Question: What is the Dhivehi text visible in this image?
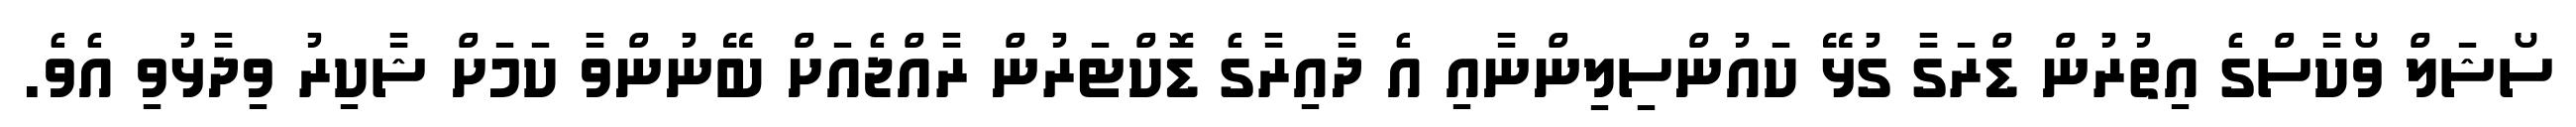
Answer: ސޯޝަލް ވޯކާސްގެ އިތުރުން ޑްރަގާ ގުޅޭ ކައުންސިލިންނާއި އެ ދާއިރާގެ ޑޮކްޓަރުން ރާއްޖެއަށް ބޭނުންވާ ކަމަށް ޝާކިރު ވިދާޅުވި އެވެ.